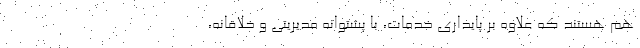
هم هستند که علاوه بر پایداری خدمات، با پشتوانه مدیریتی و خلاقانه،